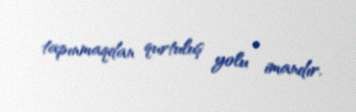
tapınmaqdan qurtuluş yolu - imandır.